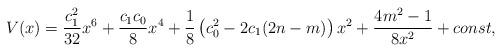
LaTeX: \begin{align*} V(x)=\frac{c_1^2}{32}x^6 + \frac{c_1c_0}8x^4 + \frac 18\left(c_0^2-2c_1(2n - m)\right)x^2 + \frac{4m^2-1}{8x^2} + const,\end{align*}